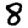
Digit: 8